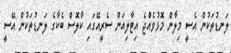
ލަނޑުތަކުން އެސީ މިލާން މޮޅުވެއްުޖެ އިޓާލިއަން ސެރީއޭގައި ކާލޮސް ބެކާގެ ލަނޑުތަކުން އޭސީ